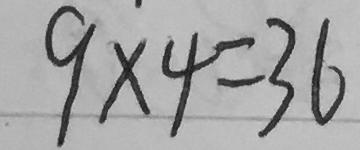
9 \times 4 = 3 6